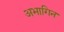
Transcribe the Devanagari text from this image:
अभागिन